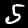
Label: 5